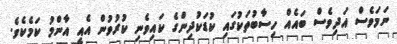
ނަމަވެސް އަދިވެސް ބައެއް ހިސާބުތަކުގައި ކުޑަކުދިންގެ ކައިވެނި ކުރުވުން އެއީ އާންމު ކަމެކެވެ.